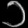
Digit: ၁